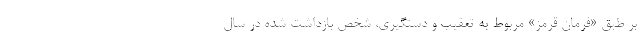
بر طبق «فرمان قرمز» مربوط به تعقیب و دستگیری، شخص بازداشت شده در سال